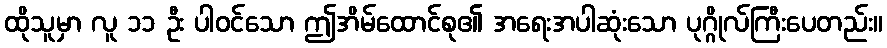
ထိုသူမှာ လူ ၁၁ ဦး ပါဝင်သော ဤအိမ်ထောင်စု၏ အရေးအပါဆုံးသော ပုဂ္ဂိုလ်ကြီးပေတည်း။